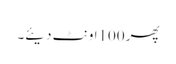
پھر 100اونٹ دیئے۔